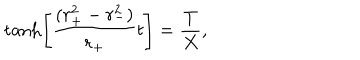
LaTeX: \tanh \left[ { \frac { ( r _ { + } ^ { 2 } - r _ { - } ^ { 2 } ) } { r _ { + } } } t \right] = { \frac { T } { X } } ,